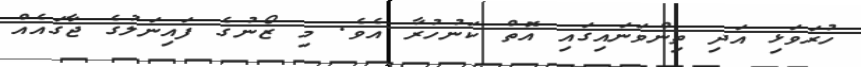
ހުރަވަޅި އަދި ތިންވަނައިގައި އޮތް ކަނުހުރާ އެވެ. މި ޒޯނުގެ ފައިނަލުގެ ޖާގައެެއް